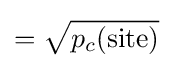
={\sqrt {p_{c}({\mathrm {site} })}}